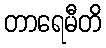
တာရေမီတိ